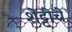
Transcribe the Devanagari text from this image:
शेट्टीचे